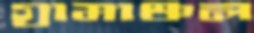
গ্রামাঞ্চল